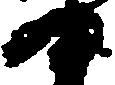
部